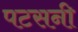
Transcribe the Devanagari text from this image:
पटसनी